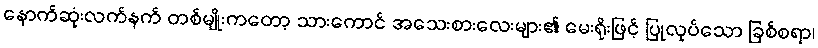
နောက်ဆုံးလက်နက် တစ်မျိုးကတော့ သားကောင် အသေးစားလေးများ၏ မေးရိုးဖြင့် ပြုလုပ်သော ခြစ်စရာ၊